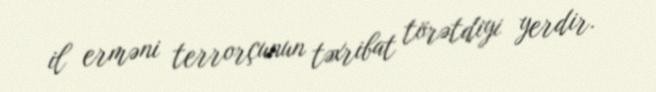
il erməni terrorçunun təxribat törətdiyi yerdir.